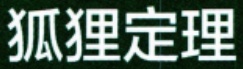
狐狸定理